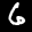
Label: 6